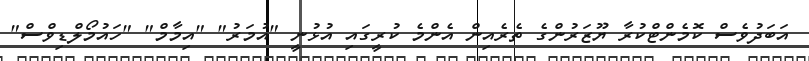
އަބަދުވެސް ކޮމެންޓްކުރާ ޔޫޒަރުންގެ ތެރެއިން އެންމެ ކުރީގައި އުޅުނީ "އުމަރު" "އިމާމް" "ހައުމޯލްޑިވްސް"